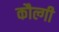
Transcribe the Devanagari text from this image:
कौल्गी